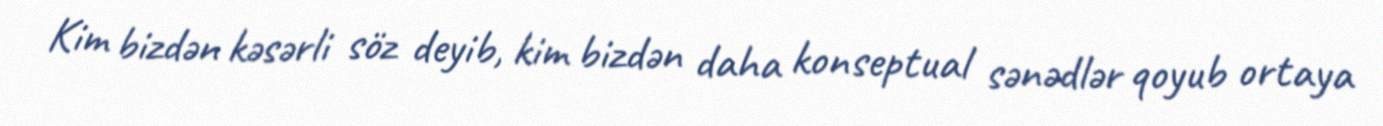
Kim bizdən kəsərli söz deyib, kim bizdən daha konseptual sənədlər qoyub ortaya